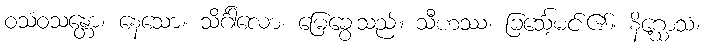
ဝသံဝသန္တော၊ နေသော။ သိင်္ဂါလော၊ မြေခွေးသည်။ သီဟဿ၊ ခြင်္သေ့မင်း၏။ နိဂ္ဃောသံ၊